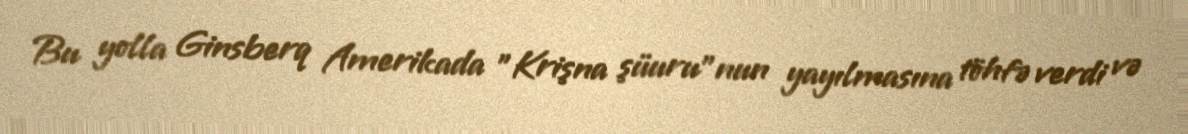
Bu yolla Ginsberq Amerikada "Krişna şüuru"nun yayılmasına töhfə verdi və